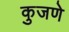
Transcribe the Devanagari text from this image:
कुजणे